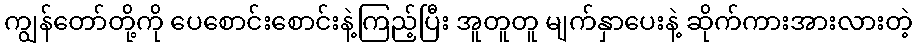
ကျွန်တော်တို့ကို ပေစောင်းစောင်းနဲ့ကြည့်ပြီး အူတူတူ မျက်နှာပေးနဲ့ ဆိုက်ကားအားလားတဲ့